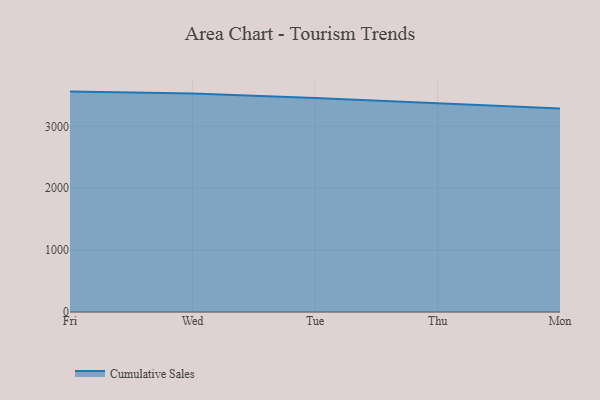
{"axis": {"x": "Day", "y": "Energy Usage (MWh)"}, "legend": ["Cumulative Sales"], "data": [{"x": "Fri", "y": 3562.6, "type": "Cumulative Sales"}, {"x": "Wed", "y": 3533.5, "type": "Cumulative Sales"}, {"x": "Tue", "y": 3459.8, "type": "Cumulative Sales"}, {"x": "Thu", "y": 3378.4, "type": "Cumulative Sales"}, {"x": "Mon", "y": 3288.5, "type": "Cumulative Sales"}]}